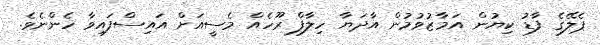
ޕެލޭގެ ފާޑު ކިޔުން އަމާޒުވުމުން އާދަޔާ ހިލާފް ރޫހެއް މެސީއަށް އައިސްފައިވާ ހެންނެވެ.